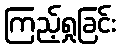
ကြည့်ရှုခြင်း